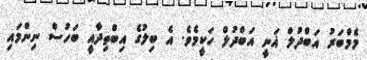
މެމްބަރު އަބްދުލް ޣަނީ އަބްދުލް ހަކީމެވެ. އެ ބިލުގެ އިބްތިދާއީ ބަހުސް ނިންމައި